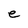
Character: e